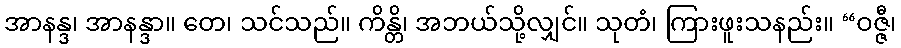
အာနန္ဒ၊ အာနန္ဒာ။ တေ၊ သင်သည်။ ကိန္တိ၊ အဘယ်သို့လျှင်။ သုတံ၊ ကြားဖူးသနည်း။ “ဝဇ္ဇီ၊